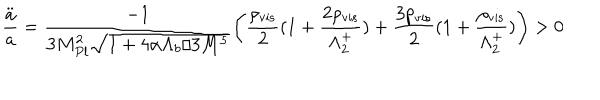
\frac { \ddot { a } } { a } = \frac { - 1 } { 3 M _ { P l } ^ { 2 } \sqrt { 1 + 4 \alpha \Lambda _ { b } / 3 M ^ { 5 } } } \bigg ( \frac { \rho _ { \mathrm { v i s } } } { 2 } ( 1 + \frac { 2 \rho _ { \mathrm { v i s } } } { \Lambda _ { 2 } ^ { + } } ) + \frac { 3 p _ { \mathrm { v i s } } } { 2 } ( 1 + \frac { \rho _ { \mathrm { v i s } } } { \Lambda _ { 2 } ^ { + } } ) \bigg ) > 0